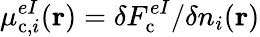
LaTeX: \mu_{\mathrm{c},i}^{eI}(\mathbf{r})=\delta F_{\mathrm{c}}^{eI}/\delta n_{i}(\mathbf{r})